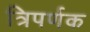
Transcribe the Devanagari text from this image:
त्रिपर्णक